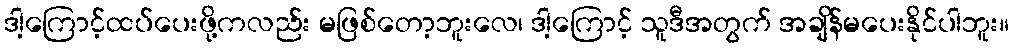
ဒါ့ကြောင့်ထပ်ပေးဖို့ကလည်း မဖြစ်တော့ဘူးလေ၊ ဒါ့ကြောင့် သူဒီအတွက် အချိန်မပေးနိုင်ပါဘူး။